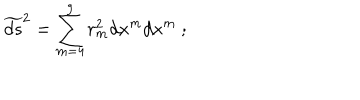
\widetilde { d s } ^ { 2 } = \sum _ { m = 4 } ^ { 9 } r _ { m } ^ { 2 } d x ^ { m } d x ^ { m } \ ;